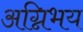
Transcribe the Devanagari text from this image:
अग्निभय